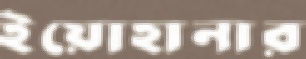
ইয়োহানার